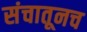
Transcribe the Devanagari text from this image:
संचातूनच